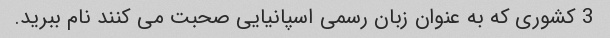
3 کشوری که به عنوان زبان رسمی اسپانیایی صحبت می کنند نام ببرید.